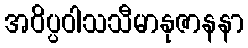
အဝိပ္ပဝါသသီမာနုဇာနနာ